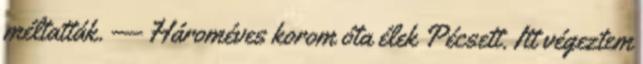
méltatták. — Hároméves korom óta élek Pécsett. Itt végeztem